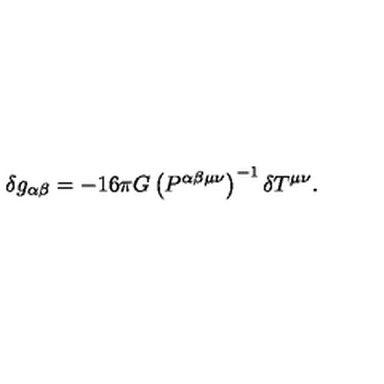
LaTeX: \delta g _ { \alpha \beta } = - 1 6 \pi G \left( P ^ { \alpha \beta \mu \nu } \right) ^ { - 1 } \delta T ^ { \mu \nu } .